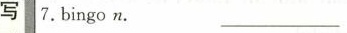
写7.Bingon._______________